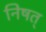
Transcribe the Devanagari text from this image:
निषत्